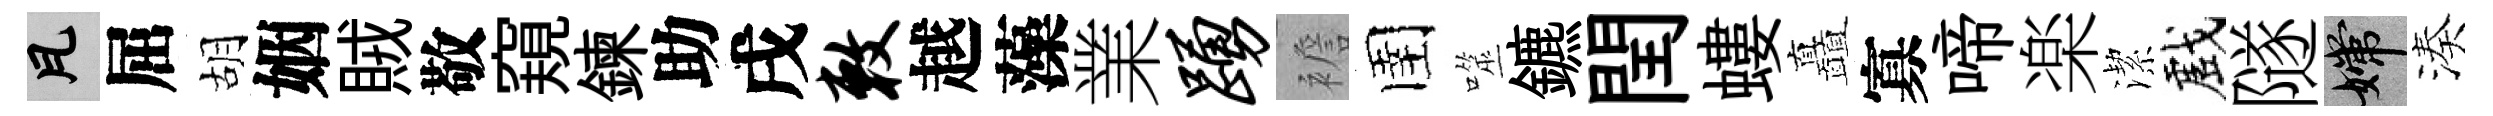
瓦屈胡姻賊敬窺鍊助戌敕越藻業踊襜圉噬鑣閏螻矗寡啼楽潔戲隧嫦湊